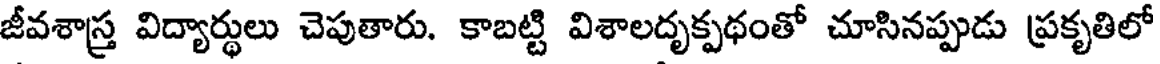
జీవశాస్త్ర విద్యార్థులు చెపుతారు. కాబట్టి విశాలదృక్పథంతో చూసినప్పుడు ప్రకృతిలో